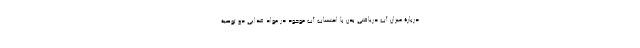
دربارۀ میزان آب دریافتی بدن با احتساب آب موجود در مواد غذایی دو توصیۀ